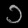
Digit: ၁